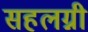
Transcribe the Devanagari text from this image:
सहलग्नी